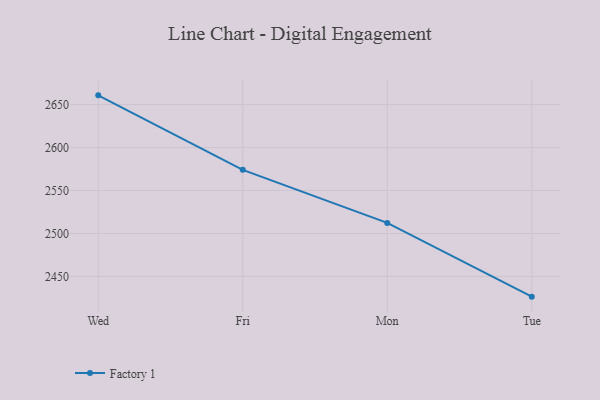
{"axis": {"x": "Day", "y": "Gross Profit (USD K)"}, "legend": ["Factory 1"], "data": [{"x": "Wed", "y": 2660.7, "type": "Factory 1"}, {"x": "Fri", "y": 2574.0, "type": "Factory 1"}, {"x": "Mon", "y": 2512.3, "type": "Factory 1"}, {"x": "Tue", "y": 2426.5, "type": "Factory 1"}]}